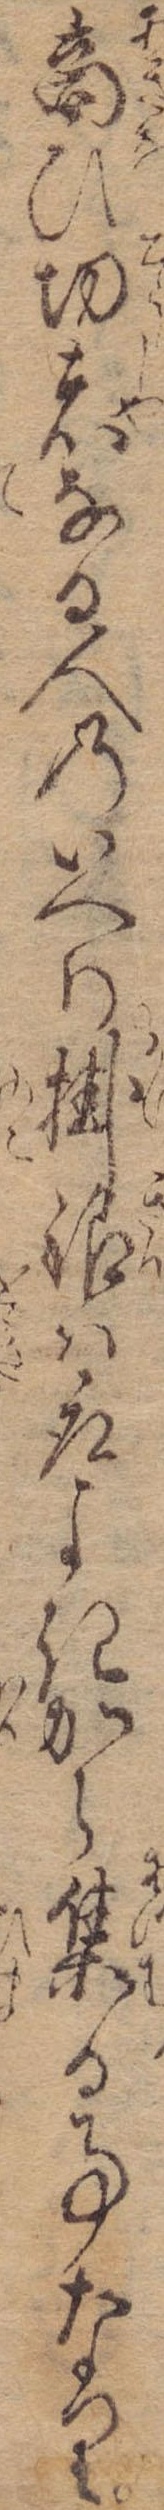
商ひ功者なる人のいへり掛銀は取よきから集る事なり